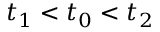
t _ { 1 } < t _ { 0 } < t _ { 2 }